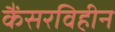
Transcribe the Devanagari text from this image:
कैंसरविहीन